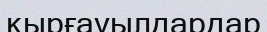
қырғауылдардар